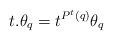
LaTeX: \begin{align*}t.\theta_q = t^{P^t(q)}\theta_q\end{align*}